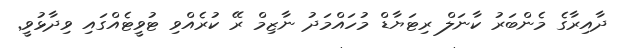
ދާއިރާގެ މެންބަރު ކާނަލް ރިޓަޔާޑް މުހައްމަދު ނާޒިމް ރޭ ކުރެއްވި ޓުވީޓެއްގައި ވިދާޅުވީ